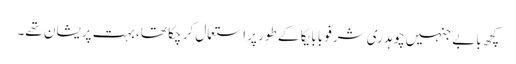
کچھ بابے جنہیں چوہدری شرفو بابا یکا کے طور پر استعمال کر چکا تھا، بہت پریشان تھے۔